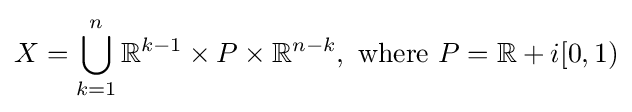
X=\bigcup _{k=1}^{n}\mathbb {R} ^{k-1}\times P\times \mathbb {R} ^{n-k},{\text{   where   }}P=\mathbb {R} +i[0,1)